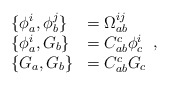
\begin{align*}\begin{array}{ll}\{\phi _{a}^{i},\phi _{b}^{j}\} & =\Omega _{ab}^{ij} \\ \{\phi _{a}^{i},G_{b}\} & =C_{ab}^{c}\phi _{c}^{i} \\ \{G_{a},G_{b}\} & =C_{ab}^{c}G_{c}\end{array},\end{align*}